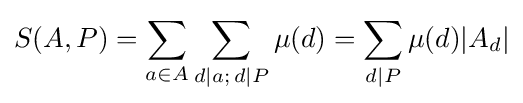
S(A,P)=\sum _{a\in A}\sum _{d\mid a;\,d\mid P}\mu (d)=\sum _{d\mid P}\mu (d)|A_{d}|